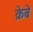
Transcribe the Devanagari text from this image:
क्रेबे